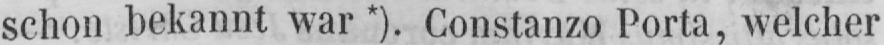
schon bekannt war*). Constanzo Porta, welcher